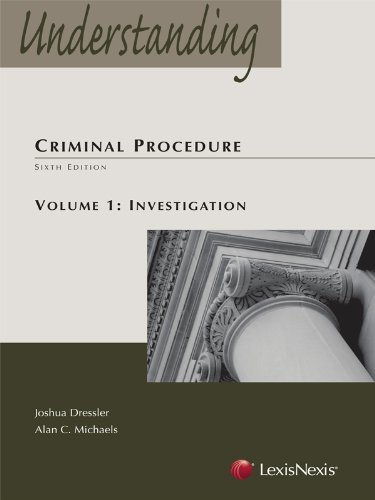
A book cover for Understanding Criminal Procedure: Volume One, Investigation; Joshua Dressler; Law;